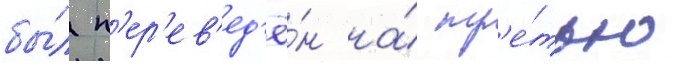
бы́л п'ер'ев'ед'ё́н на́ тр'е́тью